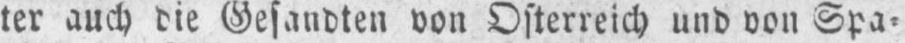
ter auch die Gesandten von Osterreich und von Spa⸗